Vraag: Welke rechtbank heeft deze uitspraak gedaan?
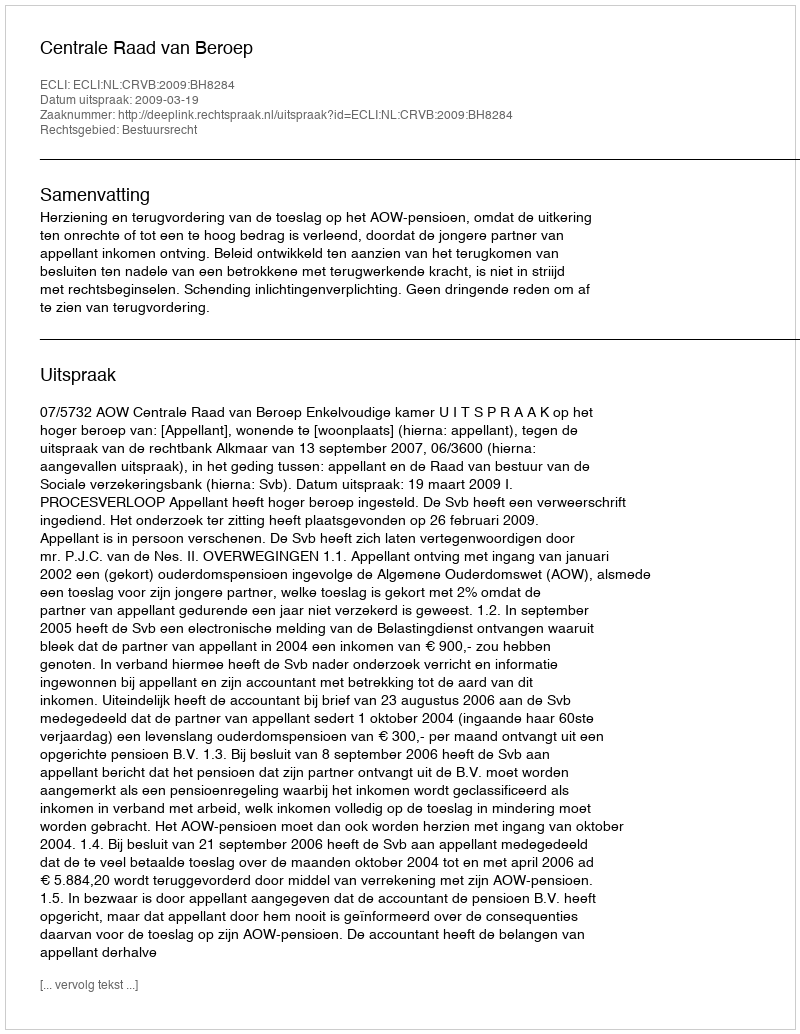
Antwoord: Centrale Raad van Beroep